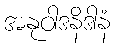
အနုဝါဒနိဒါနံ